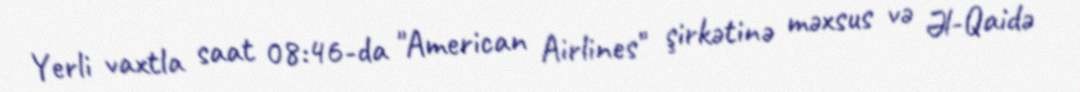
Yerli vaxtla saat 08:46-da "American Airlines" şirkətinə məxsus və Əl-Qaidə